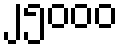
၂၅၀၀၀